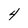
Character: 4